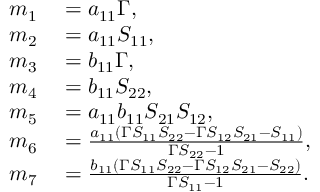
\begin{array} { r l } { m _ { 1 } } & { { } = a _ { 1 1 } \Gamma , } \\ { m _ { 2 } } & { { } = a _ { 1 1 } S _ { 1 1 } , } \\ { m _ { 3 } } & { { } = b _ { 1 1 } \Gamma , } \\ { m _ { 4 } } & { { } = b _ { 1 1 } S _ { 2 2 } , } \\ { m _ { 5 } } & { { } = a _ { 1 1 } b _ { 1 1 } S _ { 2 1 } S _ { 1 2 } , } \\ { m _ { 6 } } & { { } = \frac { a _ { 1 1 } \left( \Gamma S _ { 1 1 } S _ { 2 2 } - \Gamma S _ { 1 2 } S _ { 2 1 } - S _ { 1 1 } \right) } { \Gamma S _ { 2 2 } - 1 } , } \\ { m _ { 7 } } & { { } = \frac { b _ { 1 1 } \left( \Gamma S _ { 1 1 } S _ { 2 2 } - \Gamma S _ { 1 2 } S _ { 2 1 } - S _ { 2 2 } \right) } { \Gamma S _ { 1 1 } - 1 } . } \end{array}